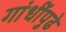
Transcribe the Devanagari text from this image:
गांधींपुढे